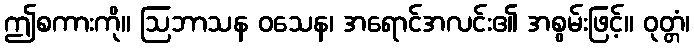
ဤစကားကို။ ဩဘာသန ဝသေန၊ အရောင်အလင်း၏ အစွမ်းဖြင့်။ ဝုတ္တံ၊